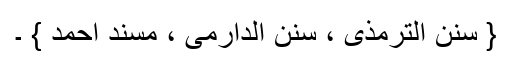
{ سنن الترمذی ، سنن الدارمی ، مسند احمد } ۔